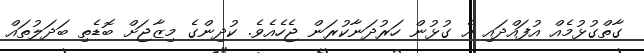
ގާތްގުޅުމެއް އުފައްދައި އެ ގުޅުން ހަރުދަނާކުރަން ޖެހެއެވެ. ކުދިންގެ މިޒާޖަށް ބޮޑެތި ބަދަލުތައް